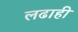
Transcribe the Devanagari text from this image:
लढाही